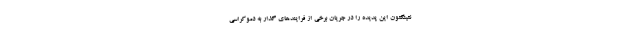
نتینگتون این پدیده را در جریان برخی از فرایندهای گذار به دموکراسی